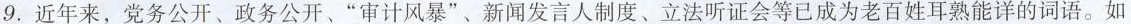
9. 近年来，党务公开、政务公开、”审计风暴”、新闻发言人制度、立法听证会等已成为老百姓耳熟能详的词语。如